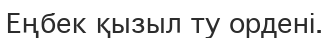
Еңбек қызыл ту ордені.